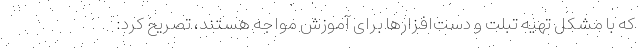
که با مشکل تهیه تبلت و دست‌افزارها برای آموزش مواجه هستند، تصریح کرد: